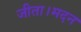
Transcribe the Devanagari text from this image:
जीता।मदन